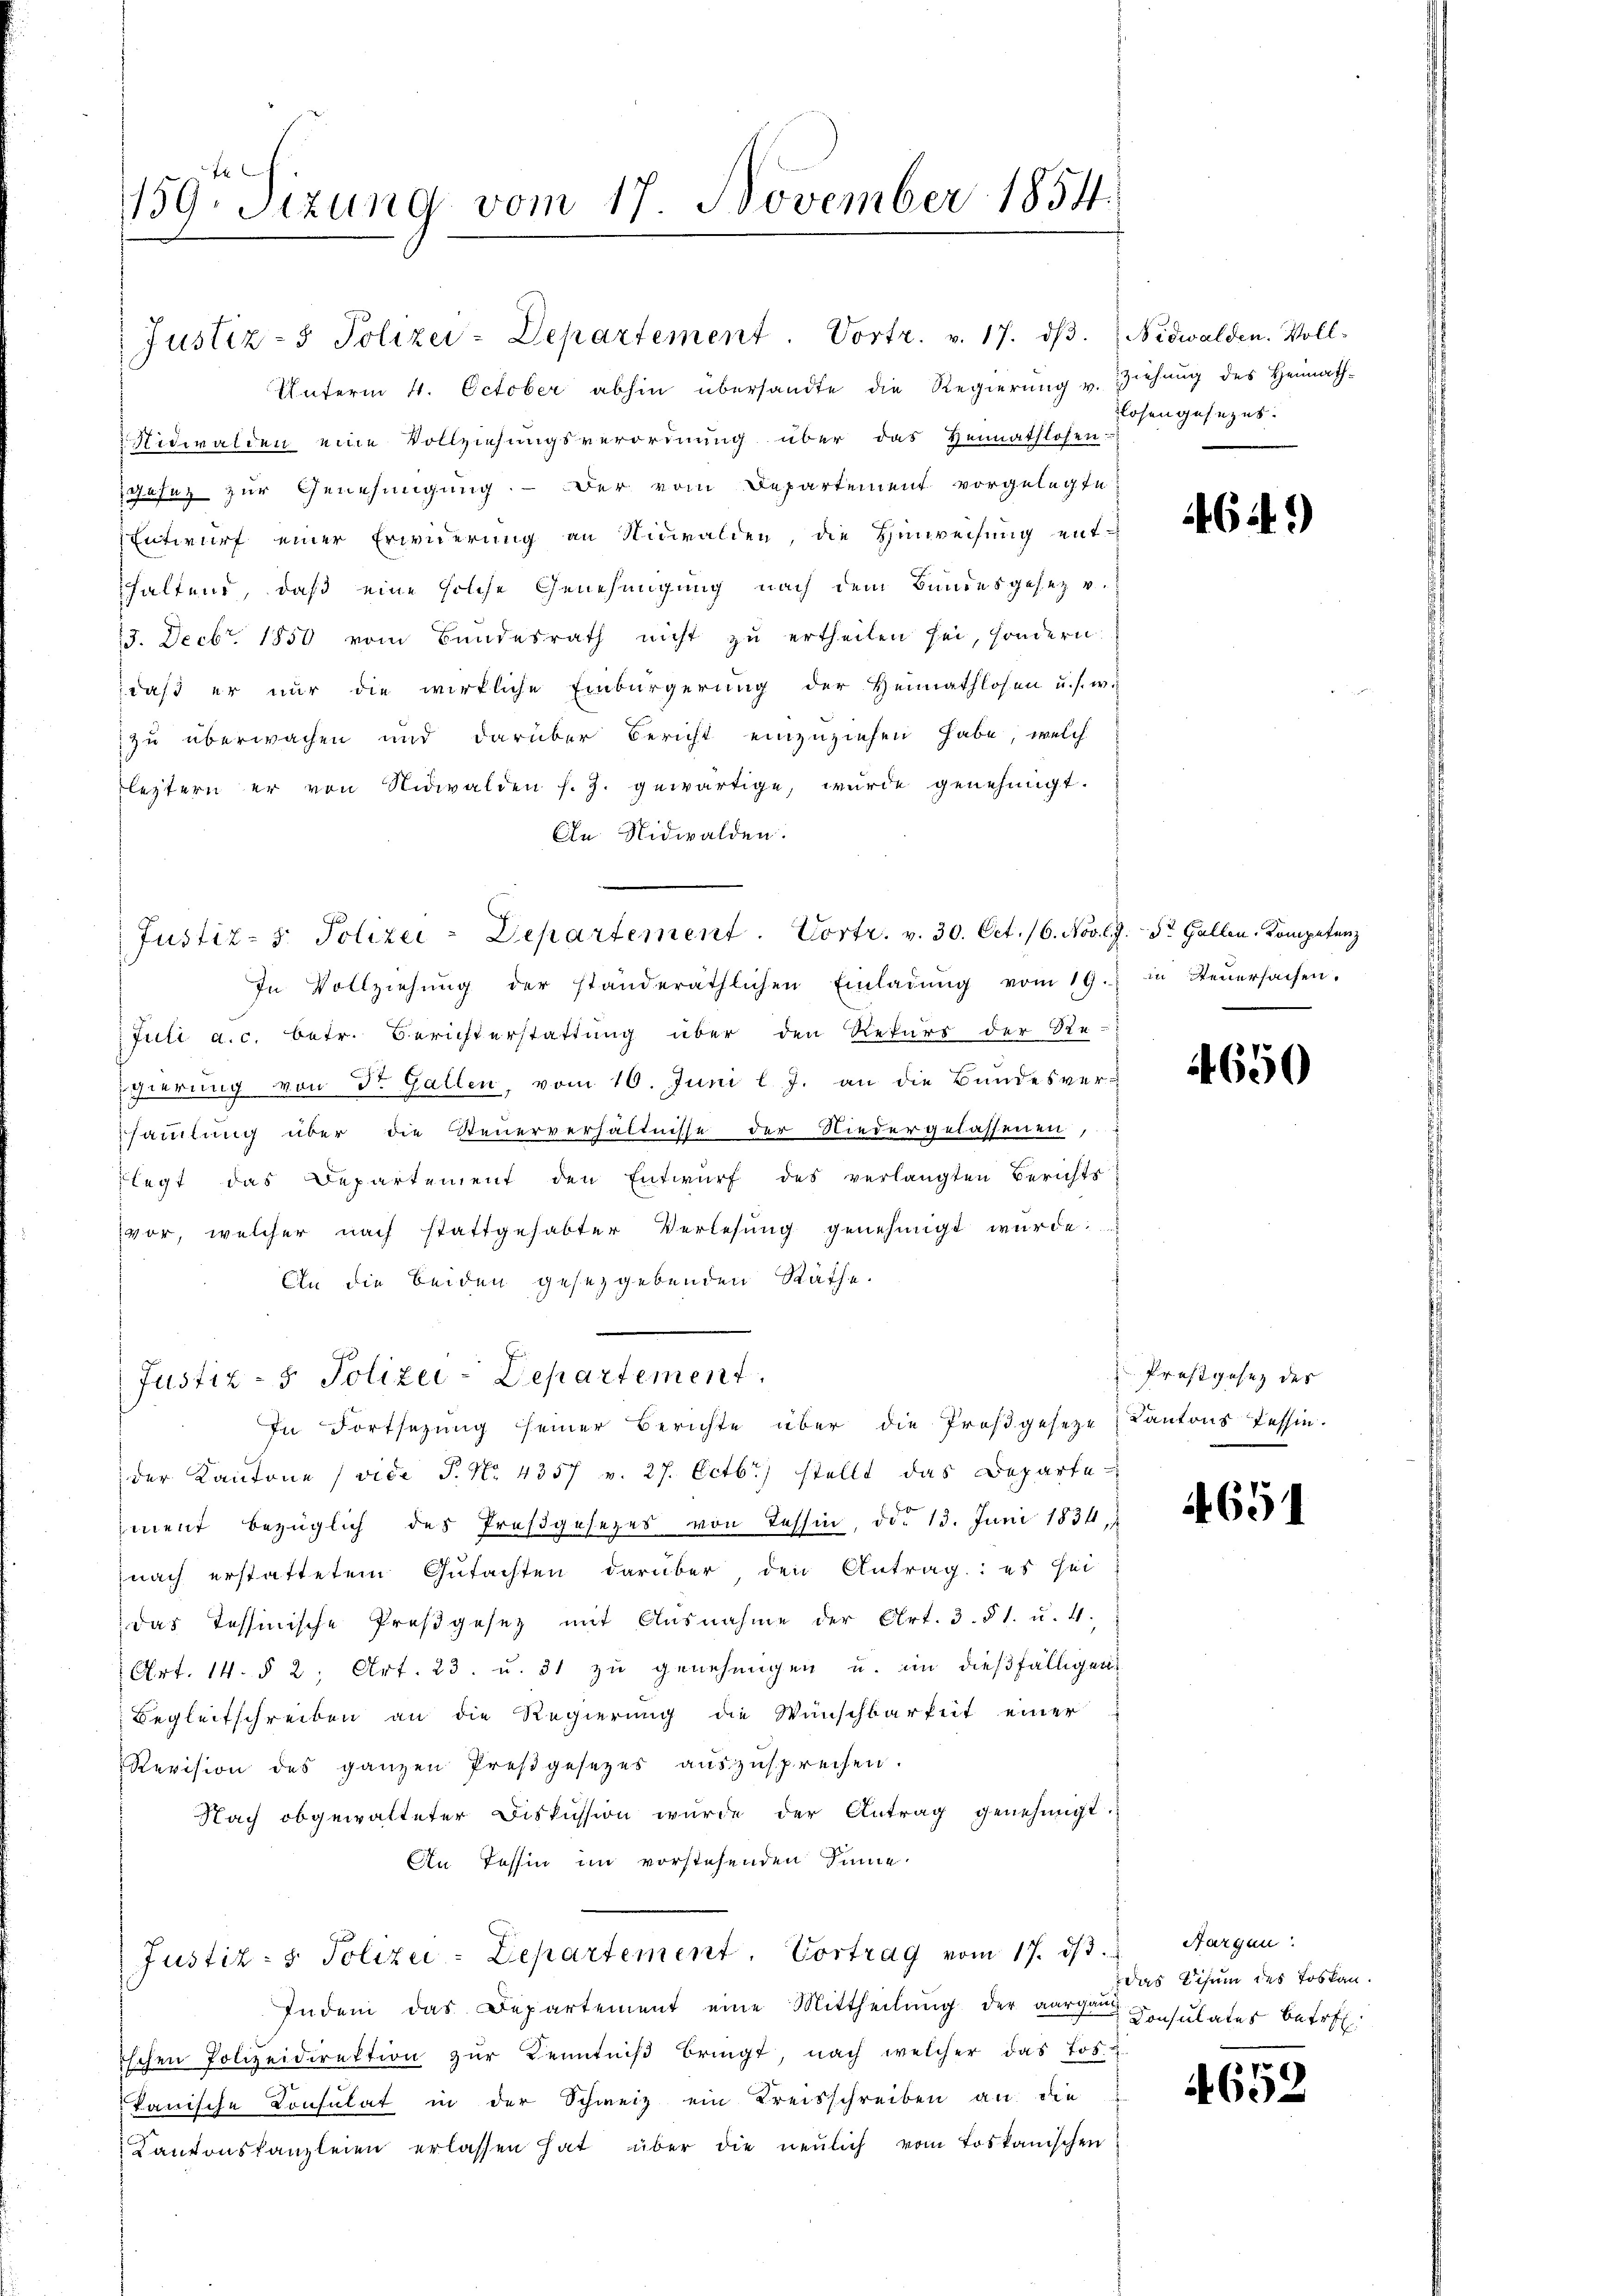
159. Sizung vom 17. November 1854.

Unterm 4. October abhin übersandte die Regierŭng u. Ziehŭng des Heimath-
 Nidwalden eine Vollziehungsverordnung über das Heimathlosen:
gesez zur Genehmigung. - Der vom Departement vorgelegte
Entwurf einer Erwiderung an Nidwalden, die Hinweisung enthaltend, daß eine solche Genehmigung nach dem Bundesgesez v.
23. Decbr. 1850 vom Bundesrath nicht zu ertheilen sei, sondern
daß er nur die wirkliche Einbürgerung der Heimathlosen u. s. w.
zu überwachen und darüber Bericht einzuziehen habe, welch
leztern er von Nidwalden f. J. gewärtige, wurde genehmigt.
In Nidwalden.
In Vollziehŭng der standeräthlichen Einladŭng vom 19. in Steŭersachen.
Juli a.c. betr. Berichterstattung über den Rekurs der Re-
igierung von Dr. Gallen, vom 10. Juni l. J. an die Bundesver-
sammlung über die Steuerverhältnisse der Niedergelassenen,
Flegt das Departement den Entwurf des verlangten Berichts
vor, welcher nach stattgehabter Verlesung genehmigt wurde.
An die beiden gesetzgebenden Räthe.
Justiz- & Polizei-Departement.
In Fortsetzung seiner Berichte über die Proß gesezt
der Kantone (vide P. Nr. 4357 v. 27. Octb. stellt das Departe
ment bezüglich des Prosgesezes von Tessin, das 13. Juni 1834, 1
nach erstattetem Gŭtachten darüber den Antrag: es sei
das Tessinische Preßgesetz mit Ausnahme der Art. 3. § 1. u. 4.
Art. 14. § 2, Art. 23. u. 31 zu genehmigen u. in dießfälligen
Begleitschreiben an die Regierung die Wünschbarkeit einer
Revision des ganzen Preßgesetzes auszusprechen.
Nach obgewalteter Diskussion wurde der Antrag genehmigt.
An Tessin im vorstehenden Sinne
Justiz- & Polizei-Departement. Vortrag vom 17. ds. Aargau
Indem das Departement eine Mittheilung der aargau insulates betref
ischen Polizeidirektion zŭr Kenntniß bringt, nach welcher das Jos.
kanische Consulat in der Schweiz ein Kreisschreiben an die
Kantonskanzleien erlassen hat über die neulich vom Loskanischen

Justiz- & Polizei-Departement. Vortr. v. 17. dβ. Nidwalden. Voll-

Justiz- & Polizei-Departement. Vortr. v. 30. Oct. 16. Nov. l. J. St. Gallen, Kompetenz

losengesezes.

4641)

4650

Prostgesetz des
Kantons Tessin.

4651

Das Visum des Toskau.

652